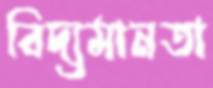
বিদ্যমানতা